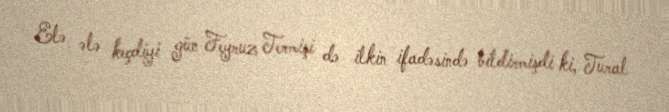
Elə ələ keçdiyi gün Feyruz Termişi də ilkin ifadəsində bildirmişdi ki, Tural